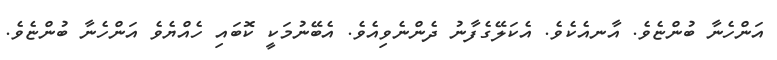
އަންހެނާ ބުންޏެވެ. އާނއެކެވެ. އެކަލޭގެފާނު ދެންނެވިއެވެ. އެބޭނުމަކީ ކޮބައި ހެއްޔެވެ އަންހެނާ ބުންޏެވެ.